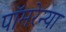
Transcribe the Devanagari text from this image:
पॉमरेन्या